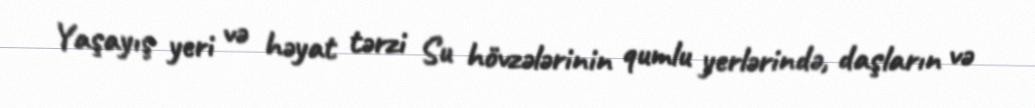
Yaşayış yeri və həyat tərzi Su hövzələrinin qumlu yerlərində, daşların və